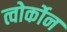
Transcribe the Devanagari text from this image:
त्वोर्कोन